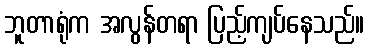
ဘူတာရုံက အလွန်တရာ ပြည့်ကျပ်နေသည်။